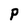
Character: P